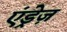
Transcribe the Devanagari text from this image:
एंड्रेज़